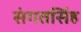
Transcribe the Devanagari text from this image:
संगतसिंह